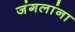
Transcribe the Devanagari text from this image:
जंगलांना